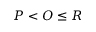
P < O \leq R